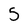
Character: 5